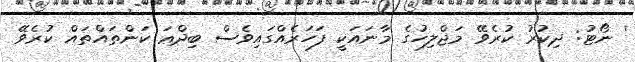
' ނޯޓު: ޛިކުރު ކުރެވޭ މަޖްލިހުގެ މާނައަކީ ފަހަރެއްގައިވެސް ބިދްޢަ ކަންތައްތައް ކުރެވޭ